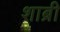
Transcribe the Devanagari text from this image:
शाब्री